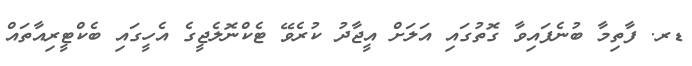
ޑރ. ފާތިމާ ބުނެފައިވާ ގޮތުގައި އަލަށް އީޖާދު ކުރެވޭ ޓެކްނޮލެޖީގެ އެހީގައި ބެކްޓީރިއާތައް